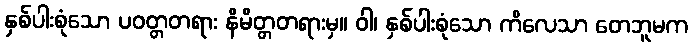
နှစ်ပါးစုံသော ပဝတ္တတရား နိမိတ္တတရားမှ။ ဝါ၊ နှစ်ပါးစုံသော ကိလေသာ တေဘူမက